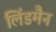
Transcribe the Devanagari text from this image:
लिंडमैन